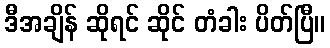
ဒီအချိန် ဆိုရင် ဆိုင် တံခါး ပိတ်ပြီ။